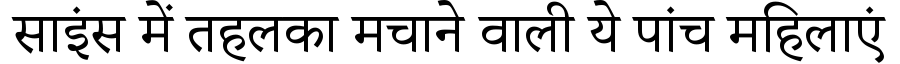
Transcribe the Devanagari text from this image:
साइंस में तहलका मचाने वाली ये पांच महिलाएं